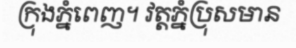
ក្រុងភ្នំពេញ។ វត្តភ្នំប្រុសមាន